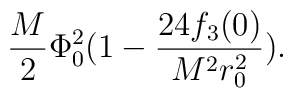
\frac{M}{2} \Phi^2_0 (1 -\frac{24 f_{3}(0)}{M^2 r_0^2}).